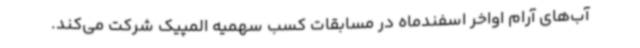
آب‌های آرام اواخر اسفندماه در مسابقات کسب سهمیه المپیک شرکت می‌کند.